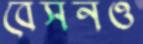
বেসনও